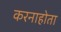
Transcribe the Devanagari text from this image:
करनाहोता